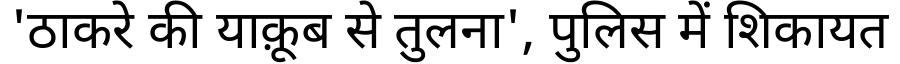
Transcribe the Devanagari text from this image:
'ठाकरे की याक़ूब से तुलना', पुलिस में शिकायत